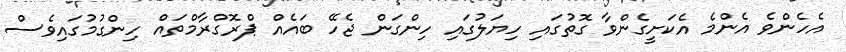
އެހެންވެ އެންމެ އެކަށީގެންވާ ގޮތުގައި ހިޔަލުގައި ހިންގަން ޖެހޭ ބައެއް ޕްރޮގްރާމްތައް ހިންގުމުގައިވެސް